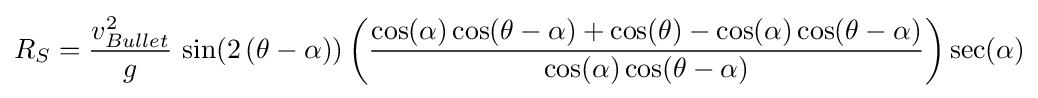
R_{S}={\frac {v_{Bullet}^{2}}{g}}\,\sin(2\left(\theta -\alpha )\right)\left({\frac {\cos(\alpha )\cos(\theta -\alpha )+\cos(\theta )-\cos(\alpha )\cos(\theta -\alpha )}{\cos(\alpha )\cos(\theta -\alpha )}}\right)\sec(\alpha )